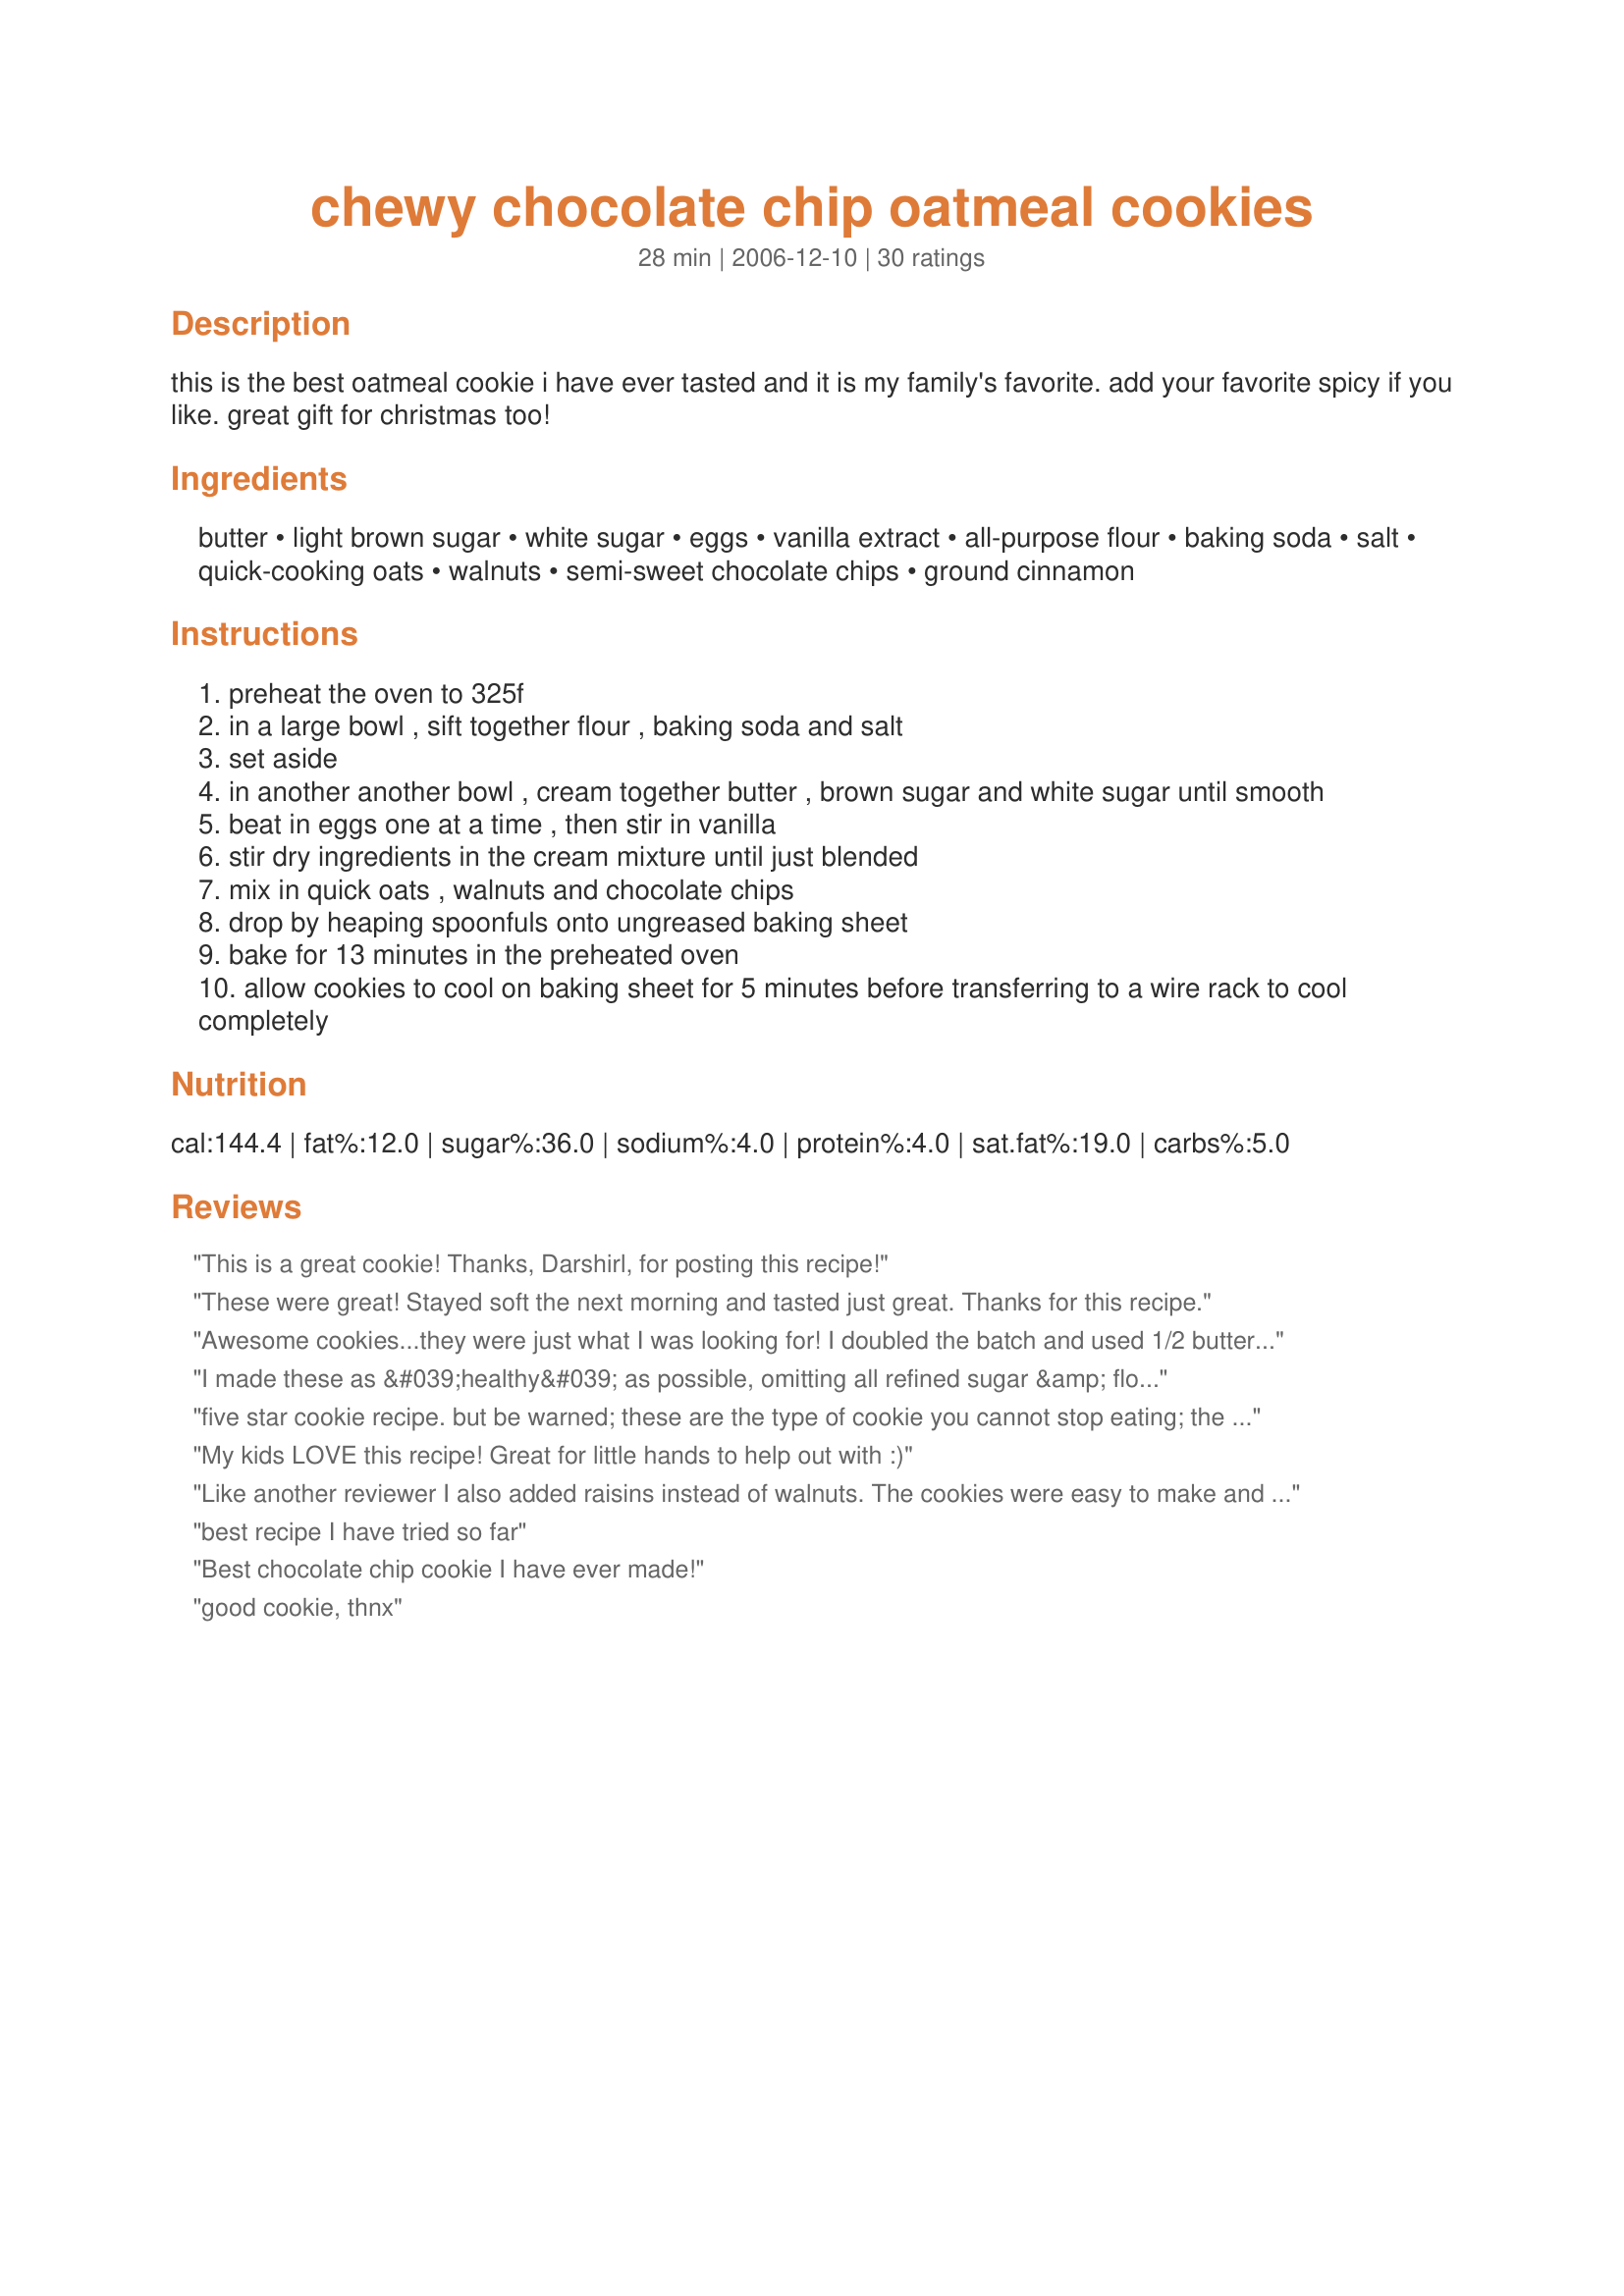
chewy chocolate chip oatmeal cookies
Preparation time: 28 minutes

this is the best oatmeal cookie i have ever tasted and it is my family's favorite. add your favorite spicy if you like. great gift for christmas too!

Ingredients:
butter, light brown sugar, white sugar, eggs, vanilla extract, all-purpose flour, baking soda, salt, quick-cooking oats, walnuts, semi-sweet chocolate chips, ground cinnamon

Steps:
preheat the oven to 325f
in a large bowl , sift together flour , baking soda and salt
set aside
in another another bowl , cream together butter , brown sugar and white sugar until smooth
beat in eggs one at a time , then stir in vanilla
stir dry ingredients in the cream mixture until just blended
mix in quick oats , walnuts and chocolate chips
drop by heaping spoonfuls onto ungreased baking sheet
bake for 13 minutes in the preheated oven
allow cookies to cool on baking sheet for 5 minutes before transferring to a wire rack to cool completely

Reviews:
This is a great cookie! Thanks, Darshirl, for posting this recipe!
These were great! Stayed soft the next morning and tasted just great. Thanks for this recipe.
Awesome cookies...they were just what I was looking for! I doubled the batch and used 1/2 butter & 1/2 shortening and they turned out perfect!
I made these as &#039;healthy&#039; as possible, omitting all refined sugar &amp; flour. I subbed sucanat for the brown sugar (didn&#039;t bother to use/sub the white sugar), oat flour for the all purpose and 63% cocoa chocolate bar chopped instead of the chips. They were great and worked very well with the substitutions for those wanting a healthier alternative.
five star cookie recipe. but be warned; these are the type of cookie you cannot stop eating; the texture and taste are great. i did have to make a few changes; first i changed it to make 21 cookies and the recipe worked out fine. (i didnt want to have lots of cookies lying around in case they turned out great; good thing i thought ahead!) and i didnt have any fresh brown sugar so had to use sugar in the raw. i opted to leave out the additional white sugar and i used organic bulk oats so i dont know if they were quick cooking or not. they were very easy to put together and the taste was super even without the white sugar. i found them definitly sweet enough. the texture was nice; chewy and soft but the texture of the oats was detectable which made it have some substance. i used a chopped up organic dark chocolate candy bar instead of the chips per my daughters request. they were excellent and will make them again. thanks for sharing.
My kids LOVE this recipe! Great for little hands to help out with :)
Like another reviewer I also added raisins instead of walnuts. The cookies were easy to make and I got 40 cookies, they baked for 15 minutes. Both the chocolate chips and the raisins sort of disappeared, no taste of either in the finished cookie which was very crumbly and stayed that way. <br/>We liked them but I have had better, therefore three stars.<br/>Thanks for posting.
best recipe I have tried so far
Best chocolate chip cookie I have ever made!
good cookie, thnx
This cookie is great! Me and the whole family loved than. Highly recommended! But next time if I made them again, I would use 1/4 less oats.
THIS IS BY FAR THE MOST DELICIOUS COOKIE I HAVE EVER HAD! I followed the recipe exactly and it turned out perfect... so chewy... sweet.. perfect hint of cinnamon.
Very good cookie as written, also made a batch with white chocolate chips. Really tasty as well.
My roommate wanted oatmeal chocolate chip cookies. Anything I've made from this site has been AMAZING!! Both he and his Dad loved these cookies. I did add just 2 1/2 cups of oats. 13 minutes is spot on for the bake time! Thanks so much for a simple tasty cookie recipe. I'll definitely be making these again!
BEST oatmeal chocolate chip cookie recipe ever. I have made these 5 or 6 times in the last 5 months! I use mini chocolate chips. Sometimes I grind 7 grains and replaced some of the flour. Other times I just used all 7 grains whole. Tonight I mixed rolled oats 7 grains and quick oats. I like to let the dough rest in the fridge overnight, so we'll see how this batch turns out tomorrow. They always get a great reaction as best cookie ever! Crunchy, chewy and soft in the middle all at the same time! This is the cookie my family, friends, and co-workers ask for!
This recipe is FABULOUS! Almost every cookie recipe I try turns out horrible, but this one was so easy and turned out just the way it says! Look forward to making this again soon!
My sister made these and said they were awesome so I decided to try them too. BEST. DECISION. EVER. These were gobbled down by my kids and I within 10 mins of taking them out. I halved the recipe and got 20 cookies. I also subbed the chocolate chips for raisins and half the plain flour with whole wheat flour. I have a fan forced oven so I lowered the temp to 50&deg;c and baked for 14 minutes. My sister told me they wouldn't look done when you take them out but when they cool, they'll harden. This is going to be a favorite recipe around here!!
Made these tonight and they were fantastic. Crispy outside, chewy inside. Will make these regularly.
Sorry, these were very crumbly. Perhaps more flour or oats would help produce a more formed cookie.
These turn down out delicious ! Perfectly crisp on the outside and chewy in the middle . I halved the recipe and also got about 20 cookies . My only tweak would be chilling the dough for about an hour , I find it prevents the cookies from spreading excessively . Will definitely be making these again ????
A perfect cookie
Yum Yum Yummy!!! Great cookie for giving away at Christmas time. I'm packing little gift boxes tonight!!! By the way i used regular oatmeal, and it was delicious, oatmeal kept its texture.
My family loves these cookies! I have made this recipe several times now, and the cookies turn out great every time. I always split the batter and make half oatmeal raisen, half chocolate chip. Both are delicious!
These cookies were excellent!! I added raisins instead of walnuts. My husband ate 'em up.....thanks so much for posting. I'll definitely make these again! :)
A perfect cookie recipe I will make again and again! Onlychange was subbing in 1/2 cup whole wheat flour. Thank you for sharing!
Absolutely awesome! I never use quick cooking oats so I just poured milk over my steelcut oats enough to slightly moisten and let them sit 15 min before using. Also omitted walnuts for family preferences and used all demerara brown sugar. Proportions were still right. I was also out of baking soda and used nearly 1 tbsp baking powder. This will be my go-to chocolate chip cookie forever. Thanks for the recipe!!
I got fifty chewy, sweet oatmeal cookies and the baking time and temperature were spot on, which has been unusual in my experience. I used chocolate chips and chopped walnuts, and might add raisins for variety in a future batch. Delicious and, for me, a bit nostalgic; we made cookies like this in my small-town childhood. Thanks!
love this recipe!
By far the best oatmeal cookie I've ever eaten. I didn't find them to be crumbly at all. 
I tend to "tweak" recipe's to my liking, so this is what I did - used 1/2 cup butter and 1/2 cup crisco, omitted the nuts and used very little choc chips. Was fantastic! My family and neighbors all loved them.
These were awesome! Definitely recommend them! I left out the cinnamon!
